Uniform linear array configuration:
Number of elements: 64
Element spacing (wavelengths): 1
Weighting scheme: kaiser
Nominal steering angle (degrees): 60
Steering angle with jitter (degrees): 58.961
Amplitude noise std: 0.05
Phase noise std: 0.05

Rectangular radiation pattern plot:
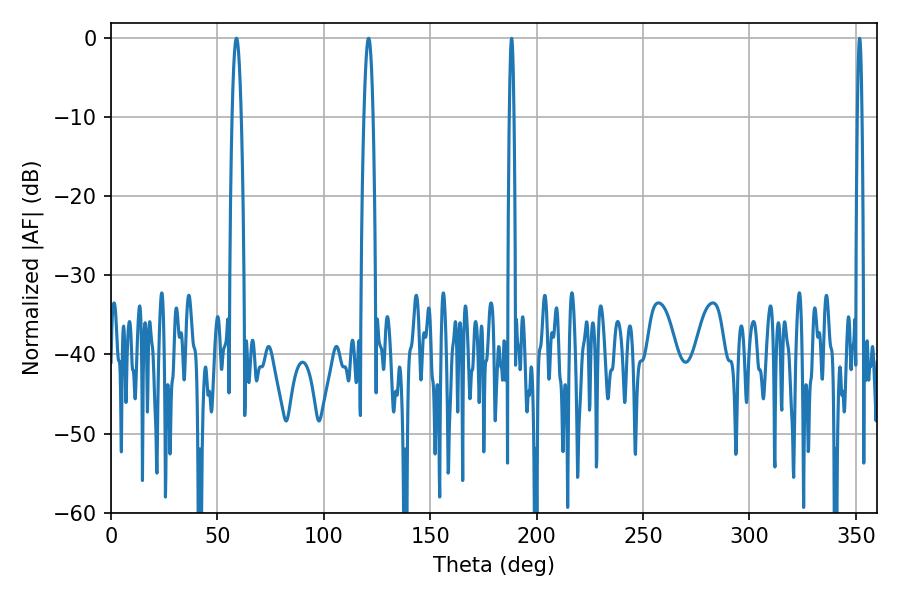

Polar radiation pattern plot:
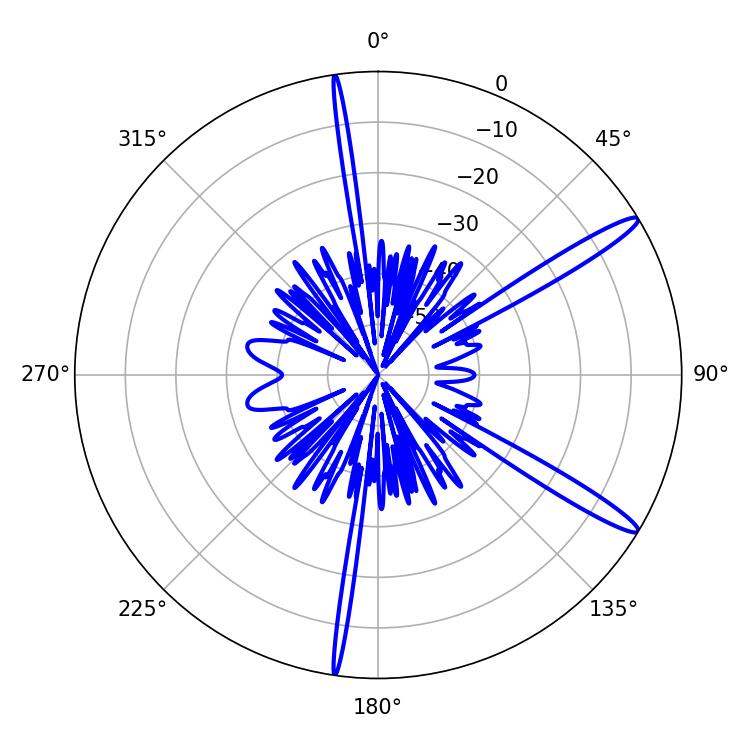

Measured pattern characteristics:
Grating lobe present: TRUE
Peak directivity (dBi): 14.527
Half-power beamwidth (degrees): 2.34
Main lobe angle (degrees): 120.96